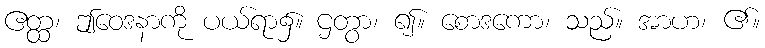
ဧတ္ထ၊ ဤဝေဒနာကို ပယ်ရာ၌။ ဌတွာ၊ ၍။ စောဒကော၊ သည်။ အာဟ၊ ၏။